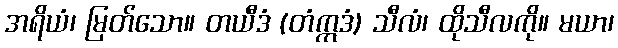
အရိယံ၊ မြတ်သော။ တယီဒံ (တံဣဒံ) သီလံ၊ ထိုသီလကို။ မယာ၊